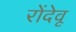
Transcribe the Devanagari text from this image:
रोंदेवू